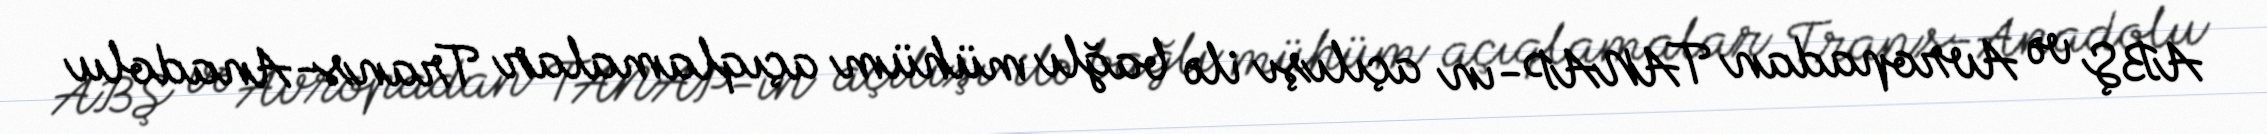
ABŞ və Avropadan TANAP-ın açılışı ilə bağlı mühüm açıqlamalar Trans-Anadolu